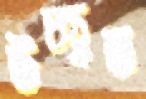
উচ্ছৃত